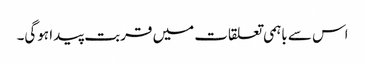
اس سے باہمی تعلقات میں قربت پیدا ہوگی۔